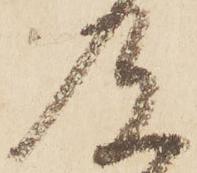
及